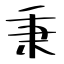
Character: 秉